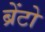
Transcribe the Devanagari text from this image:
ब्रेंटो